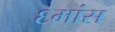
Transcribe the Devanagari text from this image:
६मांस